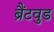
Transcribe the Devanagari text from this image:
ब्रैंटवुड